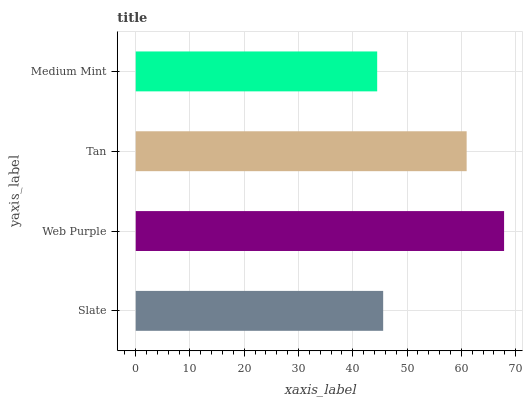
| yaxis_label | bars |
 | --- | --- |
 | Slate | 45.6 |
 | Web Purple | 67.9 |
 | Tan | 61 |
 | Medium Mint | 44.5 |